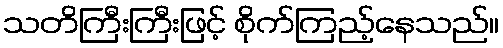
သတိကြီးကြီးဖြင့် စိုက်ကြည့်နေသည်။